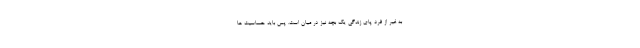
به غیر از فرد پای زندگی یک بچه نیز در میان است. پس باید حساسیت ها